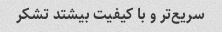
سریع‌تر و با کیفیت بیشتد تشکر